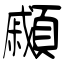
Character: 顣